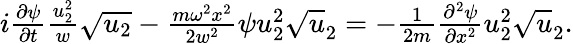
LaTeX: \begin{array}{r}{i\frac{\partial\psi}{\partial t}\frac{u_{2}^{2}}{w}\sqrt{u_{2}}-\frac{m\omega^{2}x^{2}}{2w^{2}}\psi u_{2}^{2}\sqrt{u}_{2}=-\frac{1}{2m}\frac{\partial^{2}\psi}{\partial x^{2}}u_{2}^{2}\sqrt{u}_{2}.}\end{array}